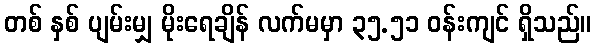
တစ် နှစ် ပျမ်းမျှ မိုးရေချိန် လက်မမှာ ၃၅.၅၁ ဝန်းကျင် ရှိသည်။